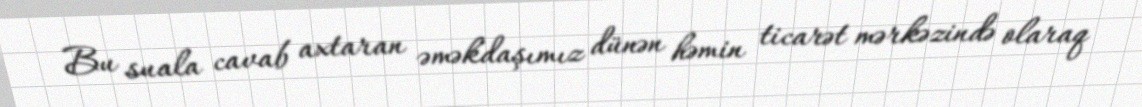
Bu suala cavab axtaran əməkdaşımız dünən həmin ticarət mərkəzində olaraq